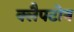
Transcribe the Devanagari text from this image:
क्लैपटोन